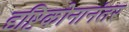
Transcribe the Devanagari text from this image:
दृष्टिकोनानंतर